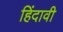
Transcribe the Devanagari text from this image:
हिंदावी